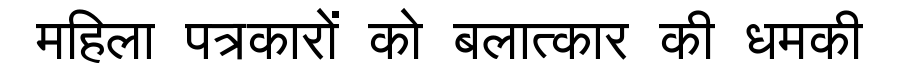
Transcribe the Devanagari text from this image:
महिला पत्रकारों को बलात्कार की धमकी